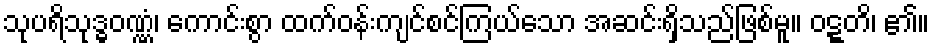
သုပရိသုဒ္ဓဝဏ္ဏံ၊ ကောင်းစွာ ထက်ဝန်းကျင်စင်ကြယ်သော အဆင်းရှိသည်ဖြစ်မူ။ ဝဋ္ဋတိ၊ ၏။